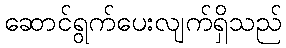
ဆောင်ရွက်ပေးလျက်ရှိသည်